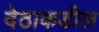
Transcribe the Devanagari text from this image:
देठाकडील